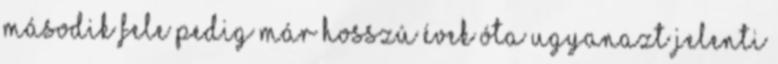
második fele pedig már hosszú évek óta ugyanazt jelenti